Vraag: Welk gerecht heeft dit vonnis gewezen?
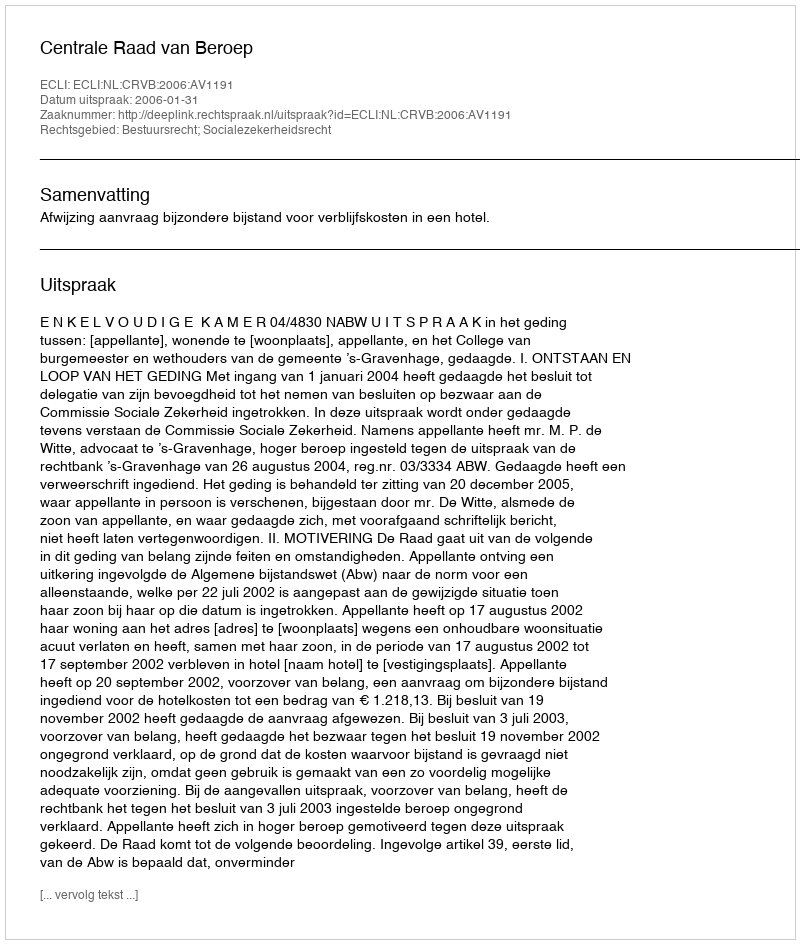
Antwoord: Centrale Raad van Beroep